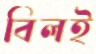
বিলই